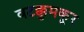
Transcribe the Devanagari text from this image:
वटक्कुमकूर